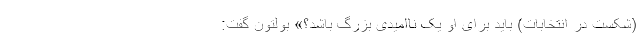
(شکست در انتخابات) باید برای او یک ناامیدی بزرگ باشد؟» بولتون گفت: